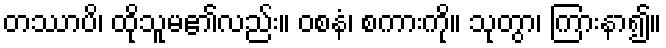
တဿာပိ၊ ထိုသူမ၏လည်း။ ဝစနံ၊ စကားကို။ သုတွာ၊ ကြားနာ၍။